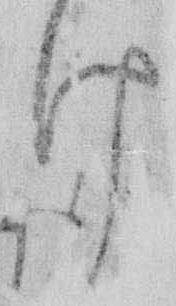
け